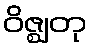
ဝိဇ္ဈတု